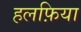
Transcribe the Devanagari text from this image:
हलफ़िया